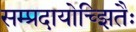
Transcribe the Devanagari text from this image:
सम्प्रदायोच्झितैः